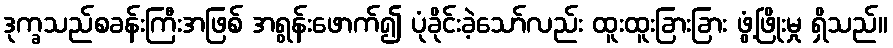
ဒုက္ခသည်စခန်းကြီးအဖြစ် အရွန်းဖောက်၍ ပုံခိုင်းခဲ့သော်လည်း ထူးထူးခြားခြား ဖွံ့ဖြိုးမှု ရှိသည်။